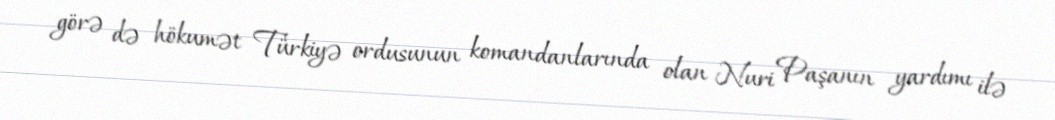
görə də hökumət Türkiyə ordusunun komandanlarında olan Nuri Paşanın yardımı ilə